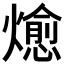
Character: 𭶖